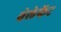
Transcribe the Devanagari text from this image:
बेलेफेंट